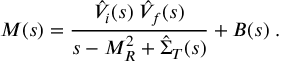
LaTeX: { \cal M } ( s ) = \frac { \hat { V } _ { i } ( s ) \; \hat { V } _ { f } ( s ) } { s - M _ { R } ^ { 2 } + \hat { \Sigma } _ { T } ( s ) } + B ( s ) \; .